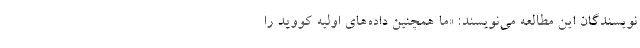
نویسندگان این مطالعه می‌نویسند: «ما همچنین داده‌های اولیه کووید را